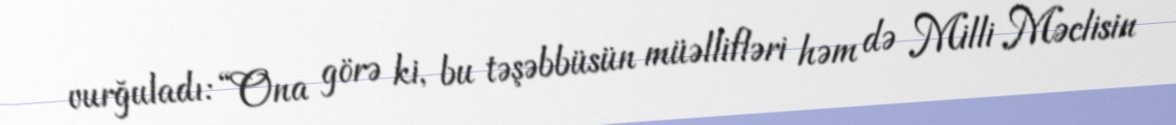
vurğuladı: “Ona görə ki, bu təşəbbüsün müəllifləri həm də Milli Məclisin